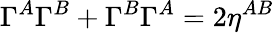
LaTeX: \Gamma^{A}\Gamma^{B}+\Gamma^{B}\Gamma^{A}=2\eta^{AB}